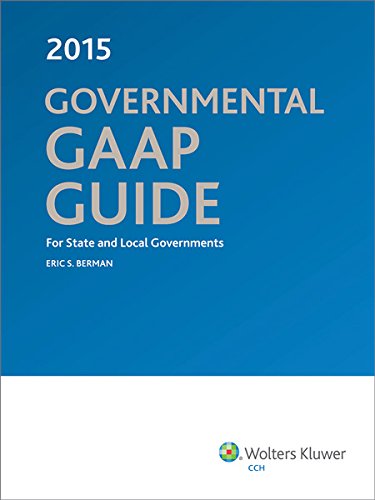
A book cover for Governmental GAAP Guide, 2015; CPA Eric S. Berman; Business & Money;